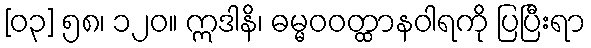
[၀၃] ၅၈၊ ၁၂၀။ ဣဒါနိ၊ ဓမ္မဝဝတ္ထာနဝါရကို ပြပြီးရာ